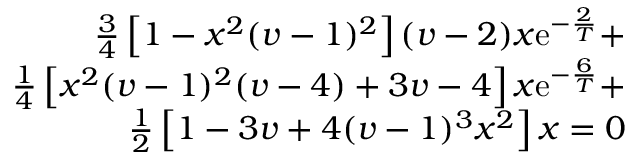
\begin{array} { r l } { \frac { 3 } { 4 } \left[ 1 - x ^ { 2 } ( v - 1 ) ^ { 2 } \right] ( v - 2 ) x \mathrm { e } ^ { - \frac { 2 } { T } } + } & { { } } \\ { \frac { 1 } { 4 } \left[ x ^ { 2 } ( v - 1 ) ^ { 2 } ( v - 4 ) + 3 v - 4 \right] x \mathrm { e } ^ { - \frac { 6 } { T } } + } & { { } } \\ { \frac { 1 } { 2 } \left[ 1 - 3 v + 4 ( v - 1 ) ^ { 3 } x ^ { 2 } \right] x = 0 } \end{array}